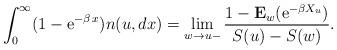
LaTeX: \begin{align*}\int_0^{\infty}(1-{\rm e}^{-\beta\,x})n(u,dx)= \lim _{w\rightarrow u-}\frac{1- {\bf E}_w({\rm e}^{-\beta X_u})}{S(u)-S(w)}.\end{align*}